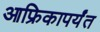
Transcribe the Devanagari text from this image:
आफ्रिकापर्यंत